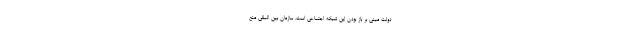
دولت مبنی بر باز بودن این شبکه اجتماعی است. سازمان بین المللی منع